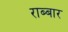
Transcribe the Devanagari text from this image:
राब्बार